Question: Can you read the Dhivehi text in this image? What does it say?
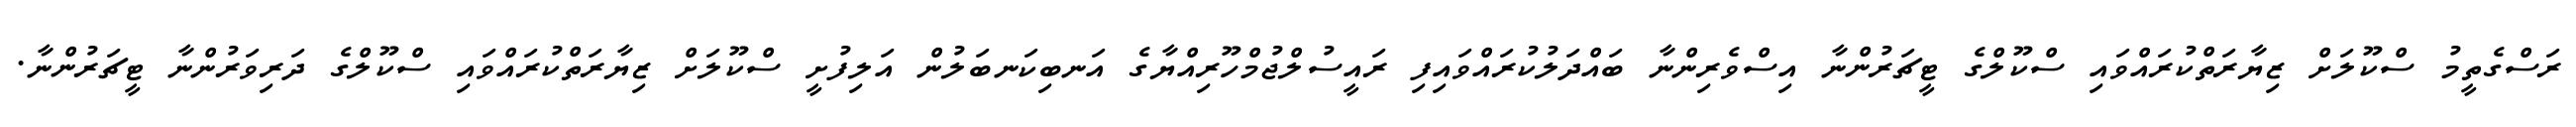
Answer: ރަސްގެތީމު ސްކޫލަށް ޒިޔާރަތްކުރައްވައި ސްކޫލްގެ ޓީޗަރުންނާ އިސްވެރިންނާ ބައްދަލުކުރައްވައިފި ރައީސުލްޖުމްހޫރިއްޔާގެ އަނބިކަނބަލުން އަލިފުށީ ސްކޫލަށް ޒިޔާރަތްކުރައްވައި ސްކޫލްގެ ދަރިވަރުންނާ ޓީޗަރުންނާ.